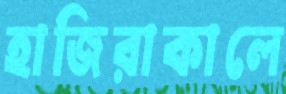
হাজিরাকালে